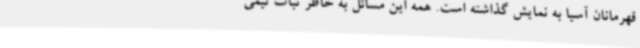
قهرمانان آسیا به نمایش گذاشته است. همه این مسائل به خاطر ثبات تیمی